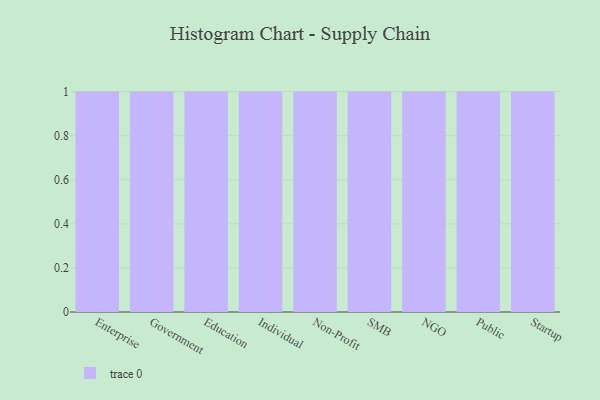
{"axis": {"x": "Segment", "y": "Headcount"}, "legend": [""], "data": [{"x": "Enterprise", "y": 52, "type": ""}, {"x": "Government", "y": 41, "type": ""}, {"x": "Education", "y": 44, "type": ""}, {"x": "Individual", "y": 58, "type": ""}, {"x": "Non-Profit", "y": 71, "type": ""}, {"x": "SMB", "y": 37, "type": ""}, {"x": "NGO", "y": 16, "type": ""}, {"x": "Public", "y": 100, "type": ""}, {"x": "Startup", "y": 59, "type": ""}]}